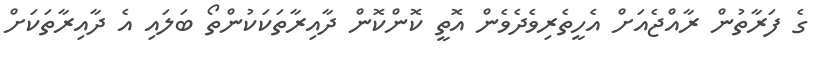
ގެ ފަރާތުން ރާއްޖެއަށް އެހީތެރިވެދެވެން އޮތީ ކޮންކޮން ދާއިރާތަކަކުންތޯ ބަލައި އެ ދާއިރާތަކަށް